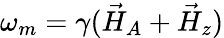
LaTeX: \omega_{m}=\gamma(\vec{H}_{A}+\vec{H}_{z})